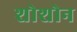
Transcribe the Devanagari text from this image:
शोशोन